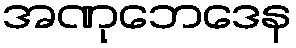
အဏုဘေဒေန